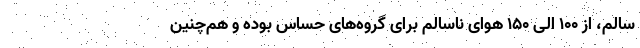
سالم، از ۱۰۰ الی ۱۵۰ هوای ناسالم برای گروه‌های حساس بوده و هم‌چنین